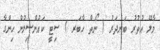
މާލޭ އުތުރު ބަނދަރު ( ނޯތް ހާބަރ ) ސިޓީ ކައުންސިލުން ހިންގާ